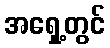
အရှေ့တွင်